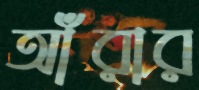
আঁরার